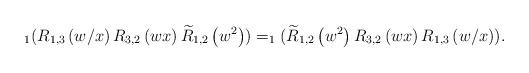
LaTeX: \begin{align*}_1 (R_{1,3}\left(w/x\right)R_{3,2}\left(w x\right)\widetilde{R}_{1,2}\left(w^2\right))=_1(\widetilde{R}_{1,2}\left(w^2\right) R_{3,2}\left(w x\right) R_{1,3}\left(w/x\right)).\end{align*}